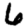
Digit: 6